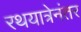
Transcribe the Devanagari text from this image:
रथयात्रेनंतर